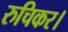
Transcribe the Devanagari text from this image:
रुचिकर।